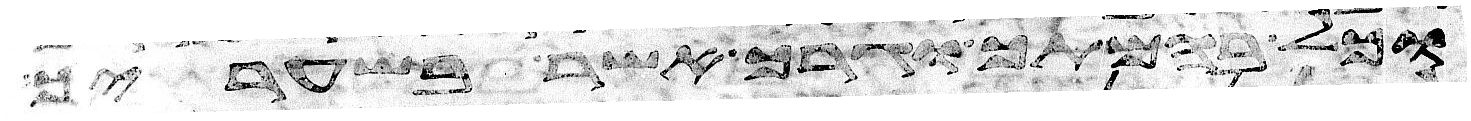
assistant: וכל בהמתך וגרך אשר בשעריך